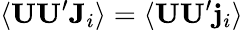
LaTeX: \langle\mathbf{UU}^{\prime}\mathbf{J}_{i}\rangle=\langle\mathbf{UU}^{\prime}\mathbf{j}_{i}\rangle